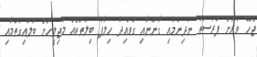
ޖެހޭ ވަރަށް ފުރުސަތު ނުދިނުމާއި ގާނޫނާއި ގަވައިދާ ހިލާފު ބިލުތަކެއް މަޖިލީހަށް ބަލައިގަތުމާއި